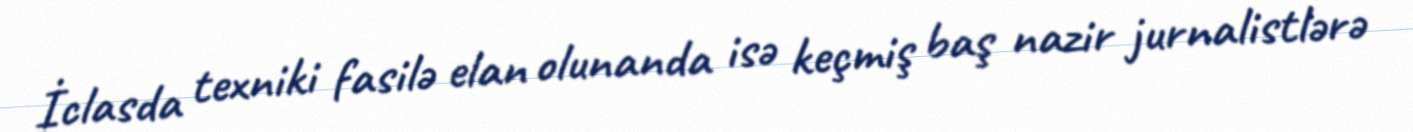
İclasda texniki fasilə elan olunanda isə keçmiş baş nazir jurnalistlərə